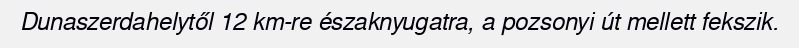
Dunaszerdahelytől 12 km-re északnyugatra, a pozsonyi út mellett fekszik.